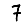
Digit: 7